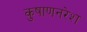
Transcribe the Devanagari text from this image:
कुषाणनरेश